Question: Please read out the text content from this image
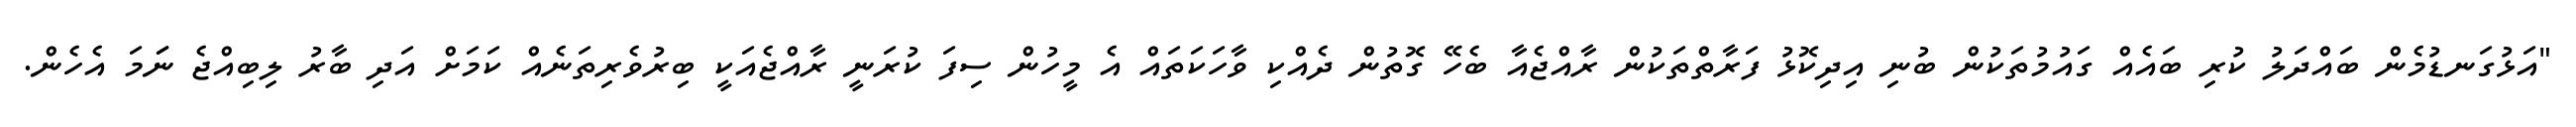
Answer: "އަޅުގަނޑުމެން ބައްދަލު ކުރި ބައެއް ގައުމުތަކުން ބުނި އިދިކޮޅު ފަރާތްތަކުން ރާއްޖެއާ ބެހޭ ގޮތުން ދެއްކި ވާހަކަތައް އެ މީހުން ސިފަ ކުރަނީ ރާއްޖެއަކީ ބިރުވެރިތަނެއް ކަމަށް އަދި ބާރު ލިބިއްޖެ ނަަމަ އެހެން.